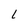
Character: l